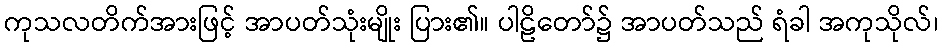
ကုသလတိက်အားဖြင့် အာပတ်သုံးမျိုး ပြား၏။ ပါဠိတော်၌ အာပတ်သည် ရံခါ အကုသိုလ်၊